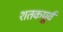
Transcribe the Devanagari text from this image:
शतकपूर्व